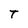
Character: T